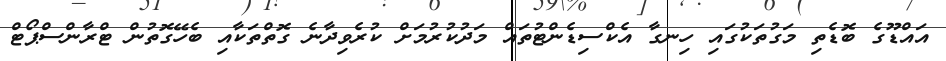
އައްޑޫގެ ބޮޑެތި މަގުތަކުގައި ހިނގާ އެކްސިޑެންޓުތައް މަދުކުރުމަށް ކުރެވިދާނެ ގޮތްތަކާއި ބެހޭގޮތުން ޓްރާންސްޕޯޓް